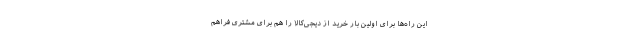
این راه‌ها برای اولین بار خرید از دیجی‌کالا را هم برای مشتری فراهم